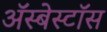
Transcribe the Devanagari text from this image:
ॲस्बेस्टॉस